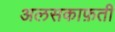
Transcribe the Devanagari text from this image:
अलसकाफ़ती